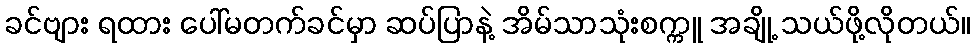
ခင်ဗျား ရထား ပေါ်မတက်ခင်မှာ ဆပ်ပြာနဲ့ အိမ်သာသုံးစက္ကူ အချို့ သယ်ဖို့လိုတယ်။